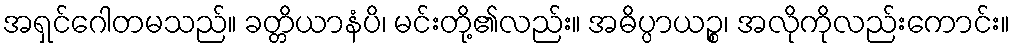
အရှင်ဂေါတမသည်။ ခတ္တိယာနံပိ၊ မင်းတို့၏လည်း။ အဓိပ္ပာယဉ္စ၊ အလိုကိုလည်းကောင်း။